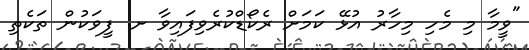
"ވީމާ މި މެހި މިހާރު އުޅޭ ކަމަށް ރެކޯޑްކުރެވިފައިވާ ށ. ފީވަކުން ތަކެތި